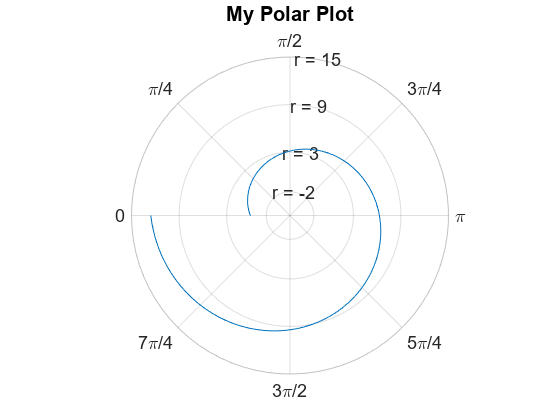
matlab, figure, polarplot